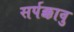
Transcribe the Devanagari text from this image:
सर्पक्कावु